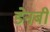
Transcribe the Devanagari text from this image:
डेनबी